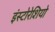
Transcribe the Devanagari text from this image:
इंस्टोरेशियो